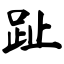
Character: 趾